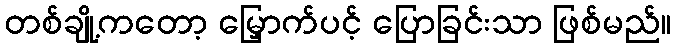
တစ်ချို့ကတော့ မြှောက်ပင့် ပြောခြင်းသာ ဖြစ်မည်။